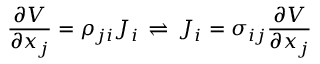
{ \frac { \partial V } { \partial x _ { j } } } = \rho _ { j i } J _ { i } \, \rightleftharpoons \, J _ { i } = \sigma _ { i j } { \frac { \partial V } { \partial x _ { j } } }